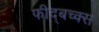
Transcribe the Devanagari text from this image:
फीद्बच्क्स